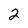
Character: 2